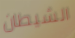
الشيطان